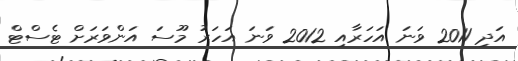
އަދި 2011 ވަނަ އަހަރާއި 2012 ވަނަ އަހަރު މޫސަ އަންވަރަށް ޓެސްޓް